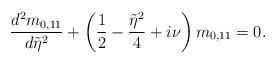
LaTeX: \begin{align*} \frac{d^2m_{0,11}}{d\tilde{\eta}^2}+\left(\frac{1}{2}-\frac{\tilde{\eta}^2}{4}+i\nu\right)m_{0,11}=0. \end{align*}